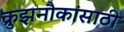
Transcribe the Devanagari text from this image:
क्रुझनौकांसाठी